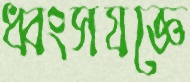
ধ্বংসযজ্ঞে